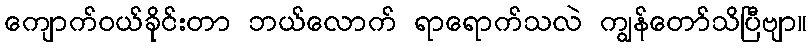
ကျောက်ဝယ်ခိုင်းတာ ဘယ်လောက် ရာရောက်သလဲ ကျွန်တော်သိပြီဗျာ။